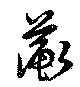
蘅